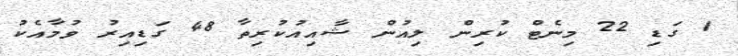
1 ގަޑި 22 މިނެޓް ކުރިން ލިއުން ޝާއިއުކުރިތާ 48 ގަޑިއިރު ވުމާއެކު